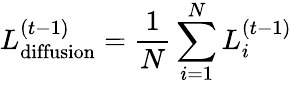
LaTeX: L_{\mathrm{diffusion}}^{(t-1)}=\frac{1}{N}\sum_{i=1}^{N}L_{i}^{(t-1)}